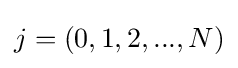
j=(0,1,2,...,N)